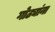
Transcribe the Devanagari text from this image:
गोठ्यांना